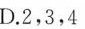
D.2,3,4